Leningradi_Edasi_toimetus, lk 49
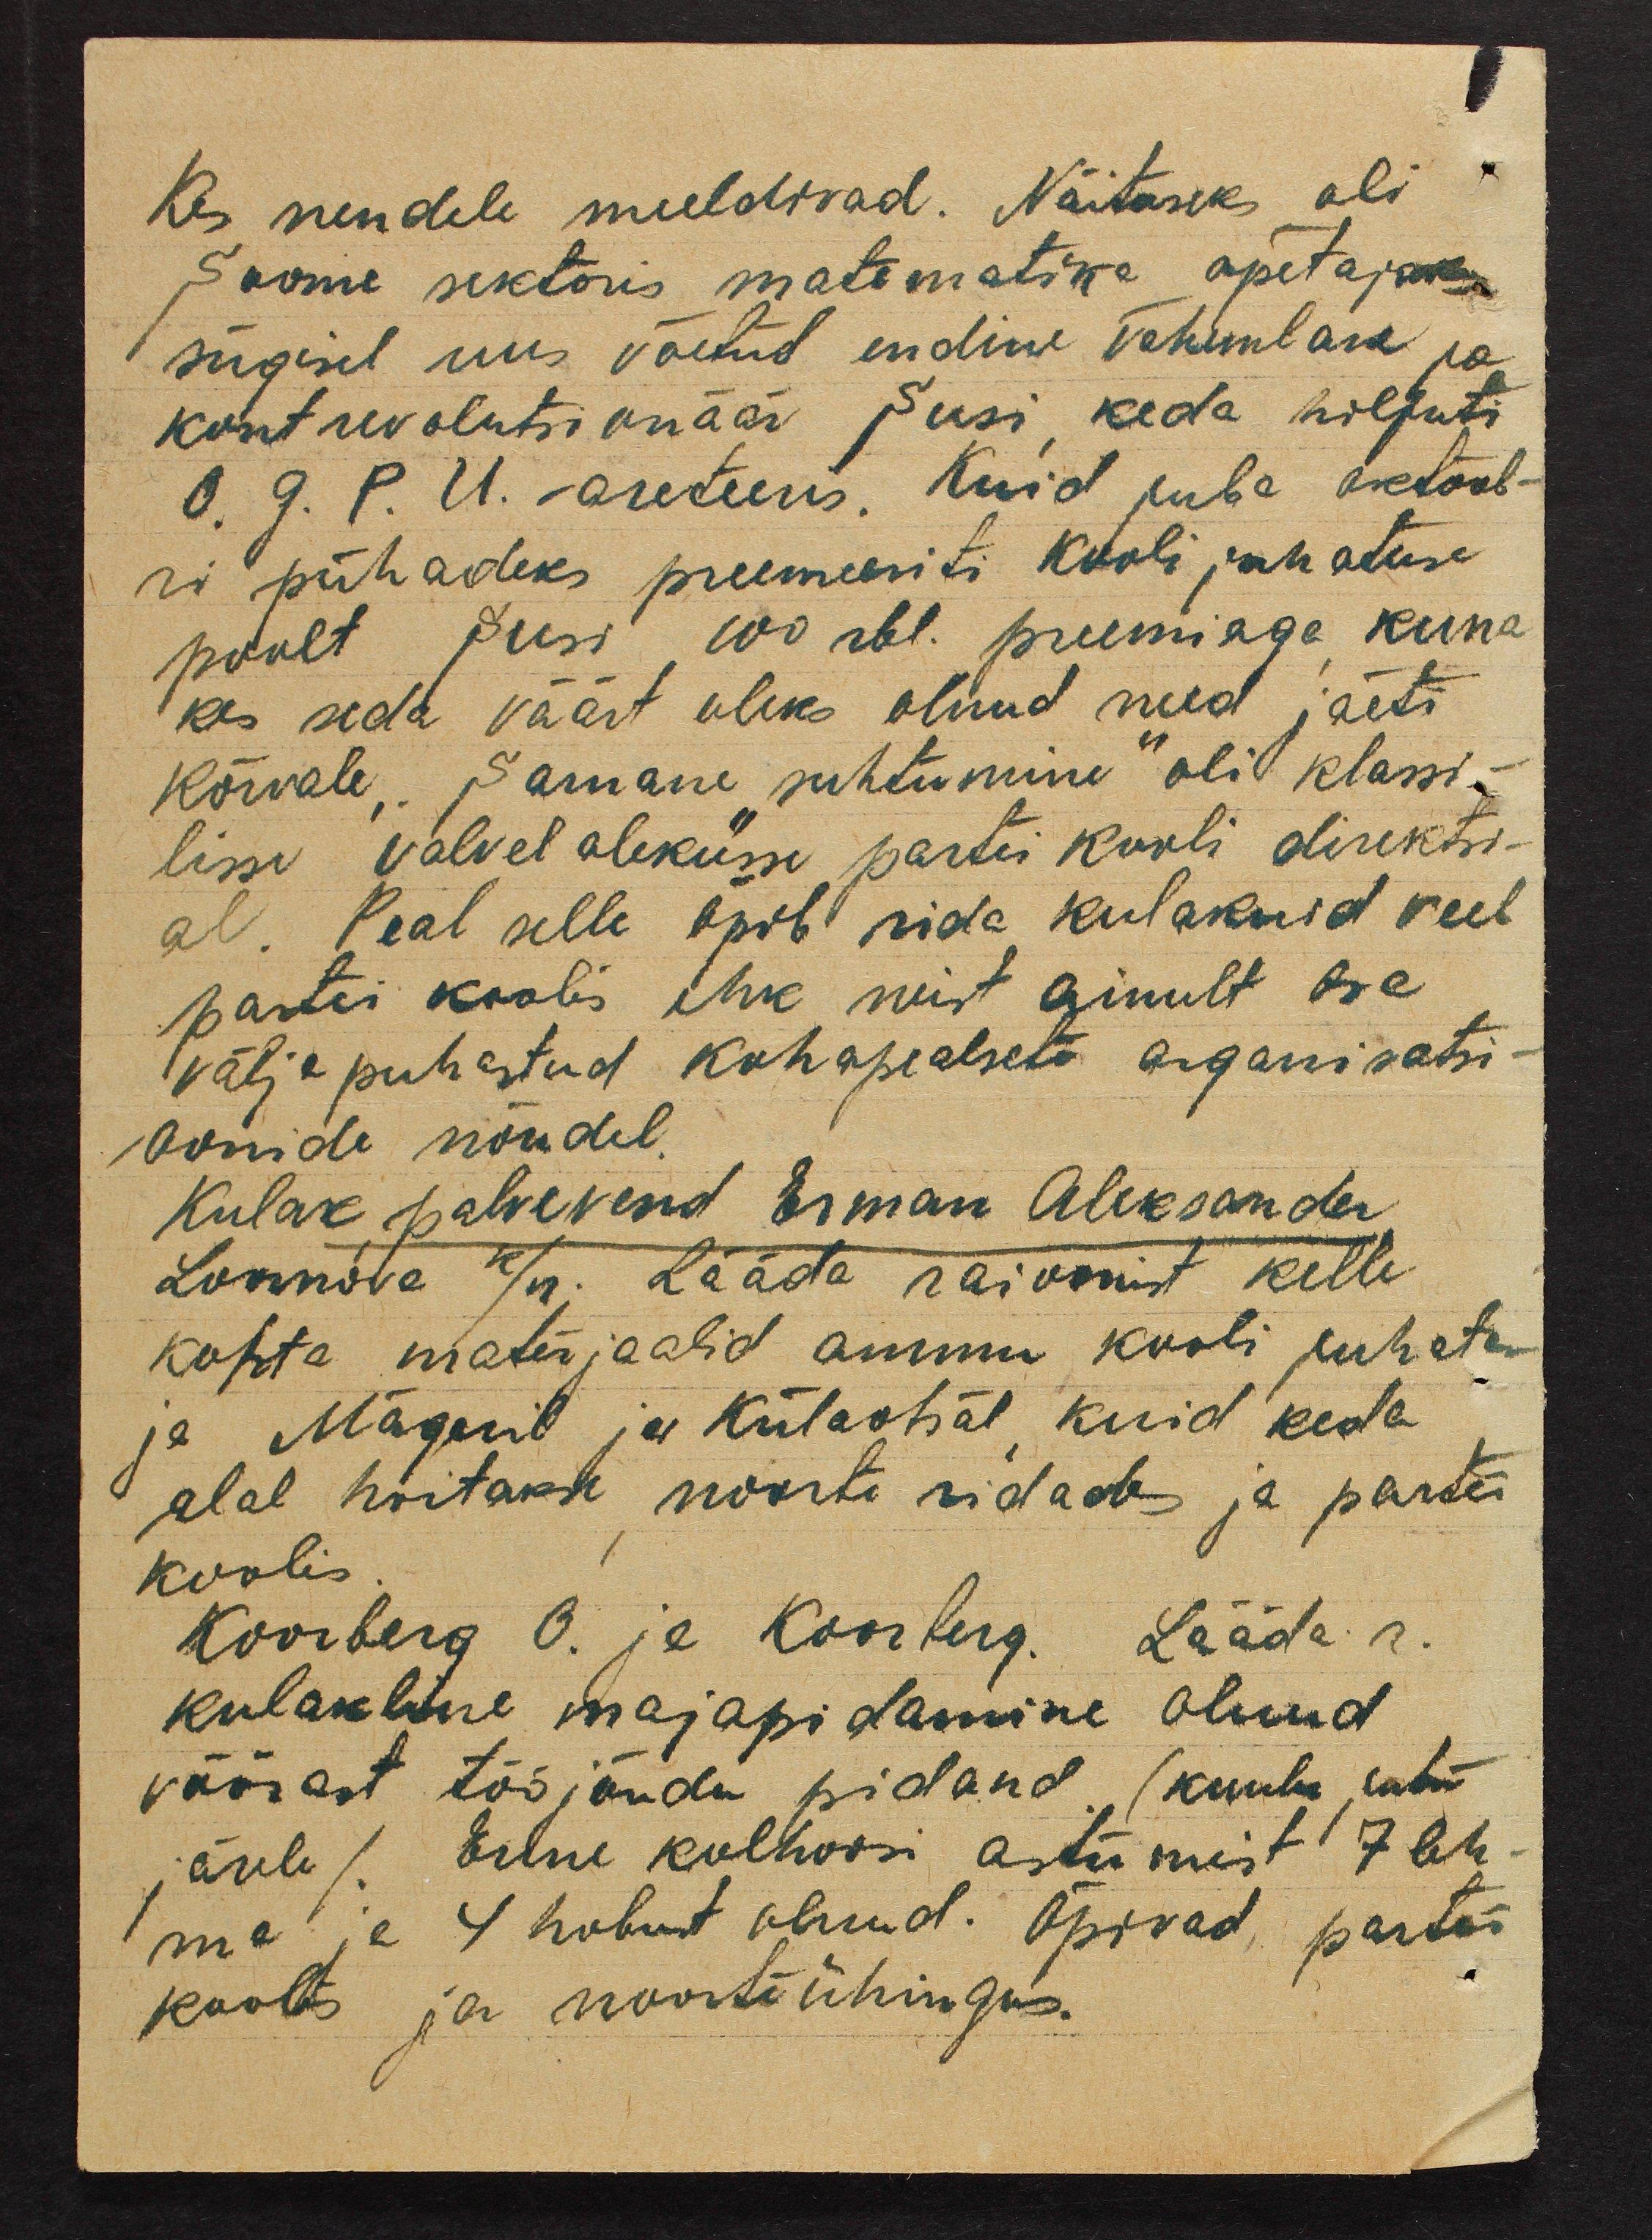
kes nendele meeldivad. Näituseks oli
Soome sektoris matematika õpetajaks
sügisel uus võetud endine vähemlane ja
kontrevolutsionäär Susi, keda hiljuti
O. G. P. U. - areteeris. Kuid juba oktoob-
ri pühadeks preemeeriti kooli juhatuse
poolt Susi 100 rbl. preemiaga, kuna
kes seda väärt oleks olnud need jäeti
kõrvale,. Sarnane "suhtumine" oli klassi-
lisse valvelolekusse partei kooli direktsi-
al. Peal selle õpib rida kulakuid veel
partei koolis ehk neist ainult osa
väljapuhastud kohapealsete organisatsi-
oonide nõudel.
Kulak palvevend Erman Aleksander
Loovnova k/n. Lääda raioonist kelle
kohta materjaalid ammu kooli juhatus
ja Mägeril ja Külaotsal, kuid keda
alal hoitakse noorte ridades ja partei
koolis.
Koorberg O. ja Koorberg. Lääda r.
kulakline majapidamine olnud
võõrast tööjõudu pidand. (kuulu jutu
järele). Enne kolhoosi astumist 7 leh-
ma ja 4 hobust olnud. Õpivad partei
koolis ja noorteühingus.